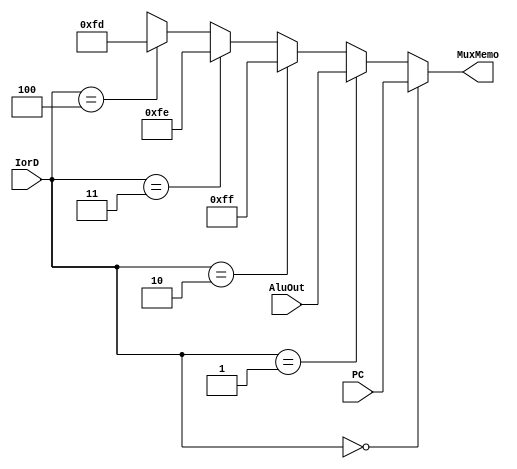
module mux_IorD (
    input wire [31:0] PC, AluOut, input wire [2:0] IorD, output wire [31:0] MuxMemo);
    
    assign MuxMemo = (IorD == 0)? PC :
                     (IorD == 1)? AluOut :
                     (IorD == 2)? 255 : // Div0
                     (IorD == 3)? 254 : // Overflow
                     (IorD == 4)? 253 : // OpInex
                     32'hxxxxxxxx; 

endmodule